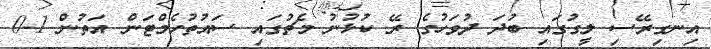
އިނގިރޭސި ލީގުގައި ބުދަ ދުވަހުގެ ރޭ ކުޅުނު މެޗުގައި ސައުތުހެމްޓަން އަތުން 1-0